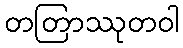
တတြာဿုတဝါ